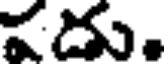
వదు.